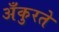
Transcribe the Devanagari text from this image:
अँकुरते